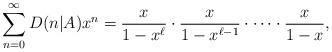
LaTeX: \begin{align*}\sum_{n=0}^{\infty} D(n\lvert A)x^n=\frac{x}{1-x^{\ell}}\cdot \frac{x}{1-x^{\ell-1}}\cdot \cdots \cdot \frac{x}{1-x},\end{align*}